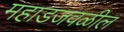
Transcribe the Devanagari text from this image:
महाडजवळील